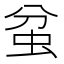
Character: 蚠